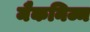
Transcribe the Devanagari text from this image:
मैकनिज्म